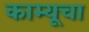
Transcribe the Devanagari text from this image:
काम्यूचा